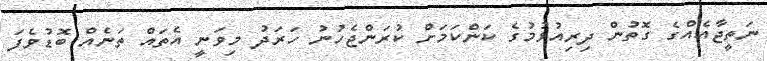
ނަތީޖާއެއްގެ ގޮތުން ދިރިއުޅުމުގެ ކަންކަމަށް ކުރަންޖެހުނު ހަރަދު މިވަނީ އެތައް ތަނެއް ބޮޑުވެފަ